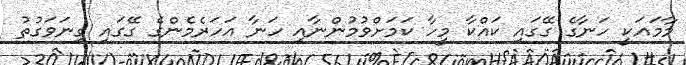
މާމައަކީ ހަނާގެ ގޭގައި ކައްކާ މީހާ ކަމަށްވުމުންނާއި ހަނާ އަހަރެމެންގެ ގޭގައި ގިނަވަގުތު